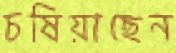
চষিয়াছেন